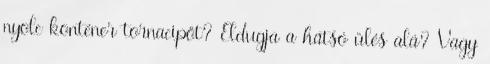
nyolc konténer tornacipőt? Eldugja a hátsó ülés alá? Vagy